Report on inoculation in the plague infected areas of the Punjab and its dependencies from October 1900 to September 1901
Year: 1900
Disease focus: Plague
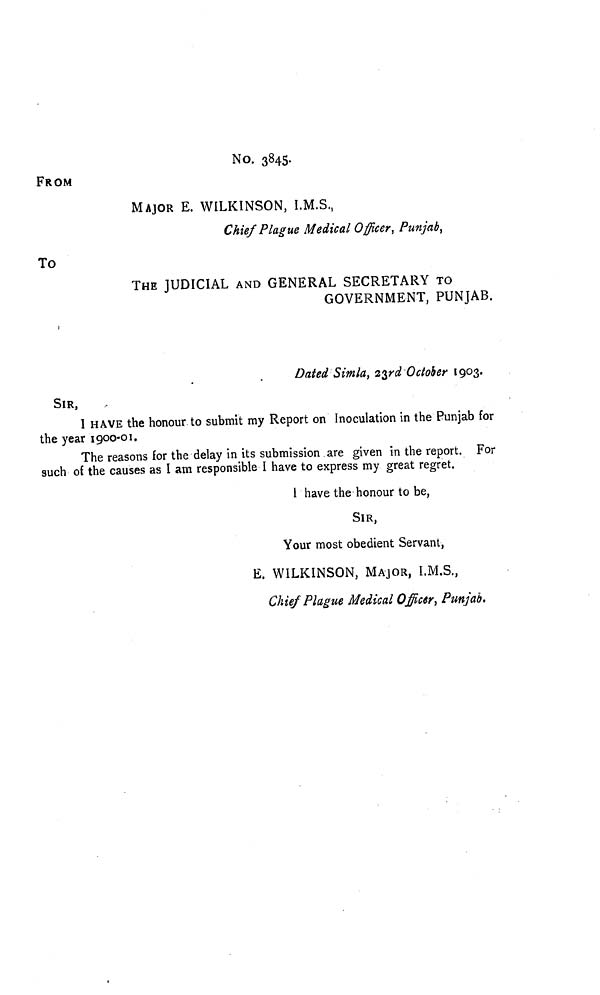
No. 3845.
FROM
MAJOR E. WILKINSON, I.M.S.,
Chief Plague Medical Officer, Punjab,
To
THE JUDICIAL AND GENERAL SECRETARY TO
GOVERNMENT, PUNJAB.
Dated Simla, 23rd October 1903.
SIR,
I HAVE the honour to submit my Report on Inoculation in the Punjab for
the year 1900-01.
The reasons for the delay in its submission are given in the report. For
such of the causes as I am responsible I have to express my great regret.
1 have the honour to be,
SIR,
Your most obedient Servant,
E. WILKINSON, MAJOR, I.M.S.,
Chief Plague Medical Officer, Punjab.